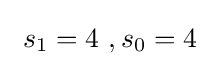
\ s_{1}=4\ ,s_{0}=4~